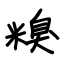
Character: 糗